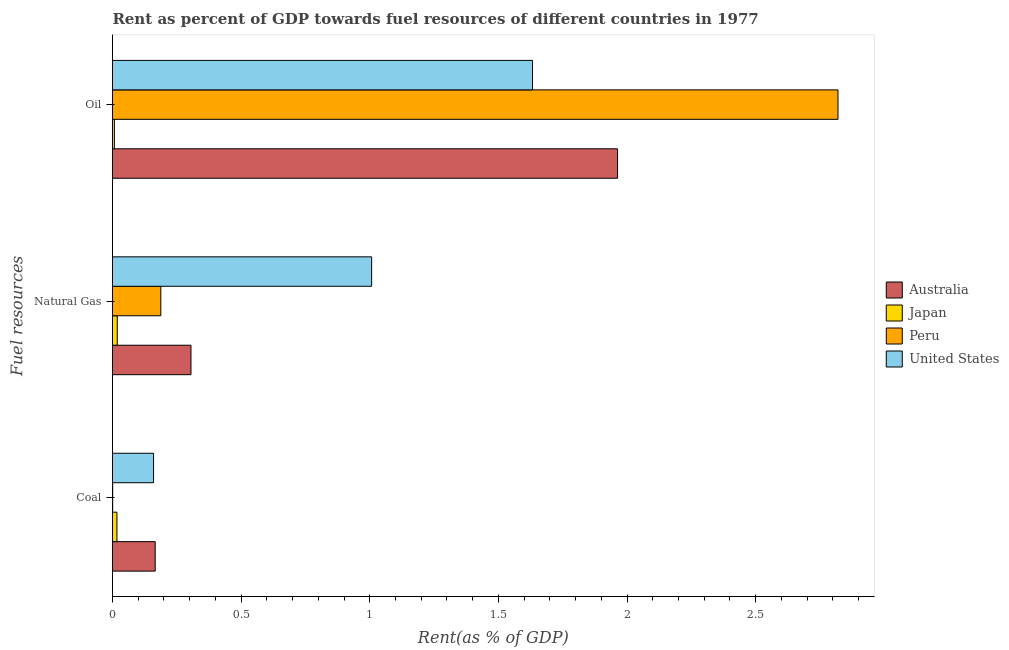
| Fuel resources | Australia | Japan | Peru | United States |
 | --- | --- | --- | --- | --- |
 | Coal | 0.166 | 0.0173 | 0.000625 | 0.159 |
 | Natural Gas | 0.305 | 0.0185 | 0.188 | 1.01 |
 | Oil | 1.96 | 0.0074 | 2.82 | 1.63 |